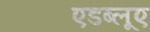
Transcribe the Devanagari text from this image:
एडब्लूए